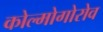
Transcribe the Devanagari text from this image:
कोल्मोगोरोव